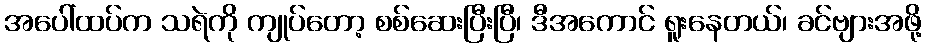
အပေါ်ထပ်က သရဲကို ကျုပ်တော့ စစ်ဆေးပြီးပြီ၊ ဒီအကောင် ရူးနေတယ်၊ ခင်ဗျားအဖို့